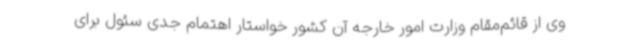
وی از قائم‌مقام وزارت امور خارجه آن کشور خواستار اهتمام جدی سئول برای